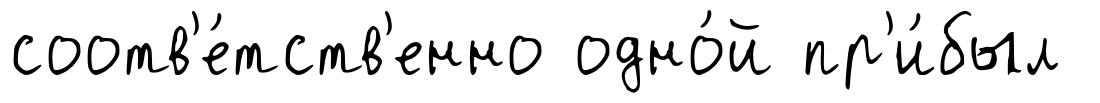
соотв'е́тств'енно одно́й пр'и́был